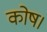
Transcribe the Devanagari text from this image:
कोष।